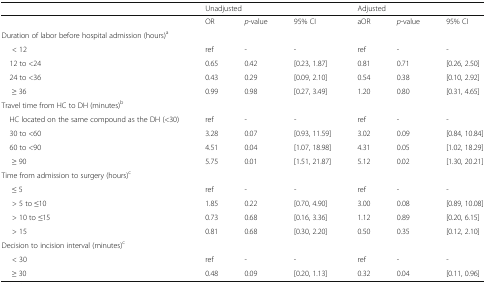
|  | <COLSPAN=3> Unadjusted | <COLSPAN=3> Adjusted |
 | --- | --- | --- | --- | --- | --- | --- |
 |  | OR | p-value | 95% CI | aOR | p-value | 95% CI |
 | <COLSPAN=7> Duration of labor before hospital admission (hours)a |
 | < 12 | ref | - | - | ref | - | - |
 | 12 to <24 | 0.65 | 0.42 | [0.23, 1.87] | 0.81 | 0.71 | [0.26, 2.50] |
 | 24 to <36 | 0.43 | 0.29 | [0.09, 2.10] | 0.54 | 0.38 | [0.10, 2.92] |
 | ≥ 36 | 0.99 | 0.98 | [0.27, 3.49] | 1.20 | 0.80 | [0.31, 4.65] |
 | <COLSPAN=7> Travel time from HC to DH (minutes)b |
 | HC located on the same compound as the DH (<30) | ref | - | - | ref | - | - |
 | 30 to <60 | 3.28 | 0.07 | [0.93, 11.59] | 3.02 | 0.09 | [0.84, 10.84] |
 | 60 to <90 | 4.51 | 0.04 | [1.07, 18.98] | 4.31 | 0.05 | [1.02, 18.29] |
 | ≥ 90 | 5.75 | 0.01 | [1.51, 21.87] | 5.12 | 0.02 | [1.30, 20.21] |
 | <COLSPAN=7> Time from admission to surgery (hours)c |
 | ≤ 5 | ref | - | - | ref | - | - |
 | > 5 to ≤10 | 1.85 | 0.22 | [0.70, 4.90] | 3.00 | 0.08 | [0.89, 10.08] |
 | > 10 to ≤15 | 0.73 | 0.68 | [0.16, 3.36] | 1.12 | 0.89 | [0.20, 6.15] |
 | > 15 | 0.81 | 0.68 | [0.30, 2.20] | 0.50 | 0.35 | [0.12, 2.10] |
 | <COLSPAN=7> Decision to incision interval (minutes)c |
 | < 30 | ref | - | - | ref | - | - |
 | ≥ 30 | 0.48 | 0.09 | [0.20, 1.13] | 0.32 | 0.04 | [0.11, 0.96] |